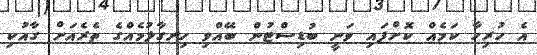
އެ ހުރިހާ ކަމެއް ކޮށްފައި ވަނީ ބުޑިސްޓުން ބޭއްވި ހިނގާލުމެއްގެ ތެރެއަށް ގާއުކި